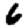
Digit: 6